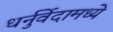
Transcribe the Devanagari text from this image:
धर्नुर्वेदामध्ये